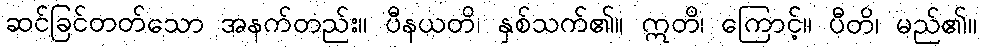
ဆင်ခြင်တတ်သော အနက်တည်း။ ပီနယတိ၊ နှစ်သက်၏။ ဣတိ၊ ကြောင့်။ ပီတိ၊ မည်၏။